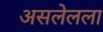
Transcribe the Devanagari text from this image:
असलेलला